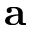
\mathbf { a }